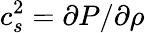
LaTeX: c_{s}^{2}=\partial P/\partial\rho